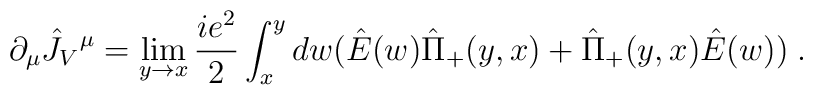
\partial_{\mu}\hat J_V{}^{\mu}=\lim_{y\rightarrow x}{ie^2\over 2}\int_x^y dw(\hat E(w)\hat\Pi_+(y,x)+\hat\Pi_+(y,x)\hat E(w)) \;.